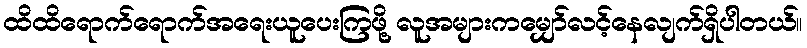
ထိထိရောက်ရောက်အရေးယူပေးကြဖို့ လူအများကမျှော်လင့်နေလျက်ရှိပါတယ်။